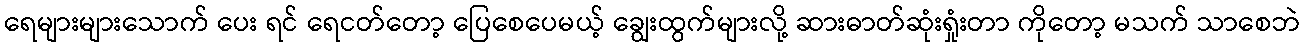
ရေများများသောက် ပေး ရင် ရေငတ်တော့ ပြေစေပေမယ့် ချွေးထွက်များလို့ ဆားဓာတ်ဆုံးရှုံးတာ ကိုတော့ မသက် သာစေဘဲ